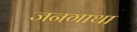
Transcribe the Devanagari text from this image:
जनगाथा